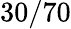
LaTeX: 30/70